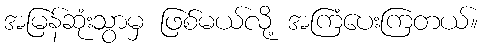
အမြန်ဆုံးသွာမှ ဖြစ်မယ်လို့ အကြံပေးကြတယ်။